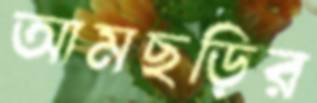
আমছড়ির